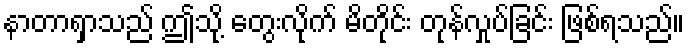
နာတာရှာသည် ဤသို့ တွေးလိုက် မိတိုင်း တုန်လှုပ်ခြင်း ဖြစ်ရသည်။